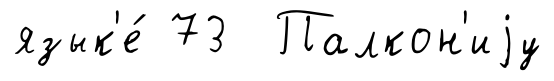
язык'е́ 73 Палкон'иjу